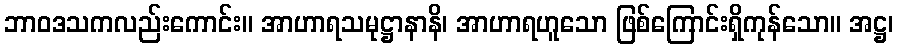
ဘာဝဒသကလည်းကောင်း။ အာဟာရသမုဋ္ဌာနာနိ၊ အာဟာရဟူသော ဖြစ်ကြောင်းရှိကုန်သော။ အဋ္ဌ၊